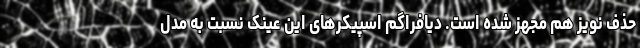
حذف نویز هم مجهز شده است. دیافراگم اسپیکرهای این عینک نسبت به مدل